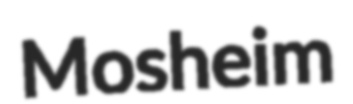
Mosheim